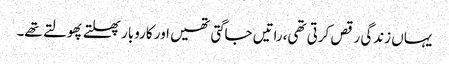
یہاں زندگی رقص کرتی تھی،راتیں جاگتی تھیں اور کاروبار پھلتے پھولتے تھے۔